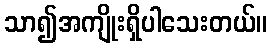
သာ၍အကျိုးရှိပါသေးတယ်။